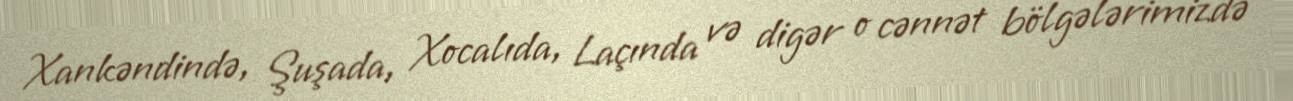
Xankəndində, Şuşada, Xocalıda, Laçında və digər o cənnət bölgələrimizdə